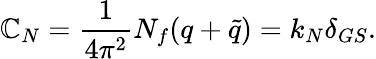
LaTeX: \mathbb{C}_{N}={\frac{{1}}{{4\pi^{2}}}}N_{f}(q+{\tilde{{q}}})=k_{N}\delta_{GS}.